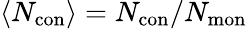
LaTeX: {\left<N_{\mathrm{con}}\right>=N_{\mathrm{con}}/N_{\mathrm{mon}}}